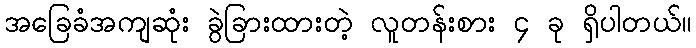
အခြေခံအကျဆုံး ခွဲခြားထားတဲ့ လူတန်းစား ၄ ခု ရှိပါတယ်။